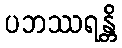
ပဘဿရန္တိ